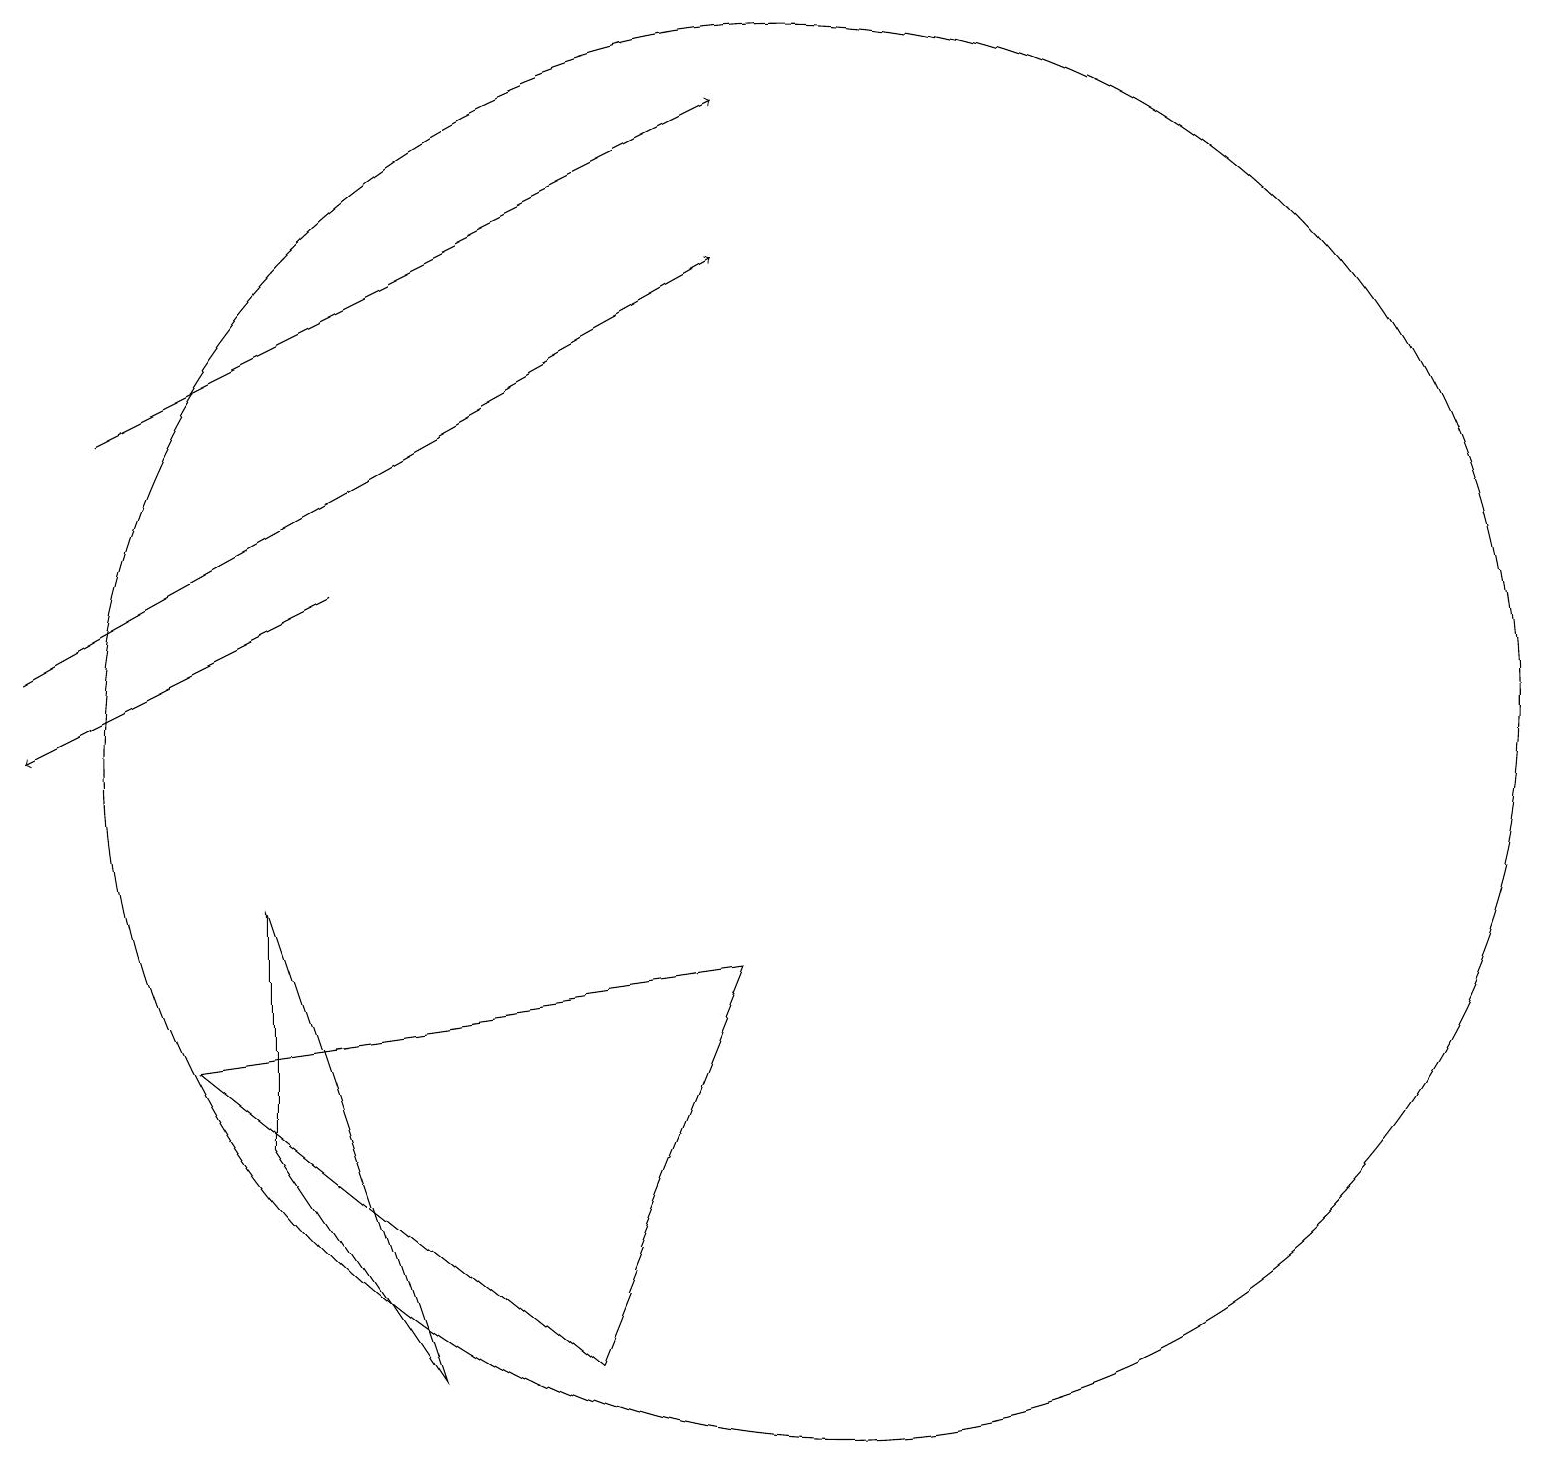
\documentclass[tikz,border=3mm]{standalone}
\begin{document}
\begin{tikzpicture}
\draw (5,2) -- (3,5) -- (3,8) -- cycle;
\draw[->] (0,11) -- (9,16);
\draw (9,7) -- (7,2) -- (2,6) -- cycle;
\draw[->] (4,12) -- (0,10);
\draw (10,10) circle (9);
\draw[->] (1,14) -- (9,18);
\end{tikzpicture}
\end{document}